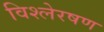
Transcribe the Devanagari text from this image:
विश्लेरषण